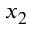
x _ { 2 }